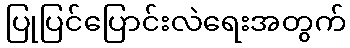
ပြုပြင်ပြောင်းလဲရေးအတွက်